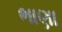
ભાણા